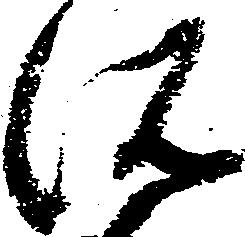
所